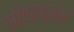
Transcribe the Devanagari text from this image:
नीदरयूसेम